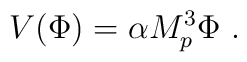
V(\Phi) =\alpha M_p^3 \Phi \ .